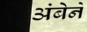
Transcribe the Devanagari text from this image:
अंबेने